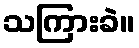
သကြားခဲ။